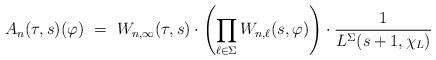
LaTeX: \begin{align*} A_n(\tau, s)(\varphi) \ = \ W_{n,\infty}(\tau, s) \cdot \left( \prod_{\ell\in \Sigma} W_{n, \ell}(s, \varphi) \right) \cdot \frac{1}{L^{\Sigma}(s+1, \chi_L)}\end{align*}